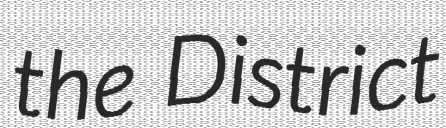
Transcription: the District